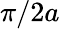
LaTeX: \pi/2a